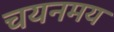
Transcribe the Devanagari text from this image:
चयनमय